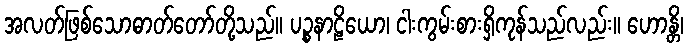
အလတ်ဖြစ်သောဓာတ်တော်တို့သည်။ ပဉ္စနာဠိယော၊ ငါးကွမ်းစားရှိကုန်သည်လည်း။ ဟောန္တိ၊